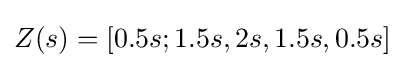
Z(s)=[0.5s;1.5s,2s,1.5s,0.5s]